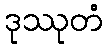
ဒုဿုတံ